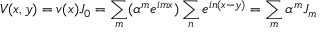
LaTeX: V ( x , y ) = v ( x ) J _ { 0 } = \sum _ { m } ( \alpha ^ { m } e ^ { i m x } ) \sum _ { n } e ^ { i n ( x - y ) } = \sum _ { m } \alpha ^ { m } J _ { m }